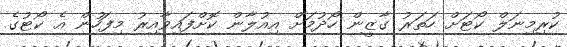
ކުރިމިނަލް ކޯޓަށް ހަތަރު ގާޒީން ހޯދުމަށް އިއުލާން ކޮށްފައިވާއިރު މިފަހުން އެ ކޯޓުގެ